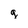
Character: g